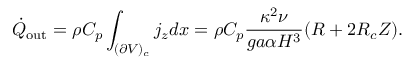
\dot { Q } _ { \mathrm { o u t } } = \rho C _ { p } \int _ { ( \partial V ) _ { c } } j _ { z } d x = \rho C _ { p } \frac { \kappa ^ { 2 } \nu } { g a \alpha H ^ { 3 } } ( R + 2 R _ { c } Z ) .